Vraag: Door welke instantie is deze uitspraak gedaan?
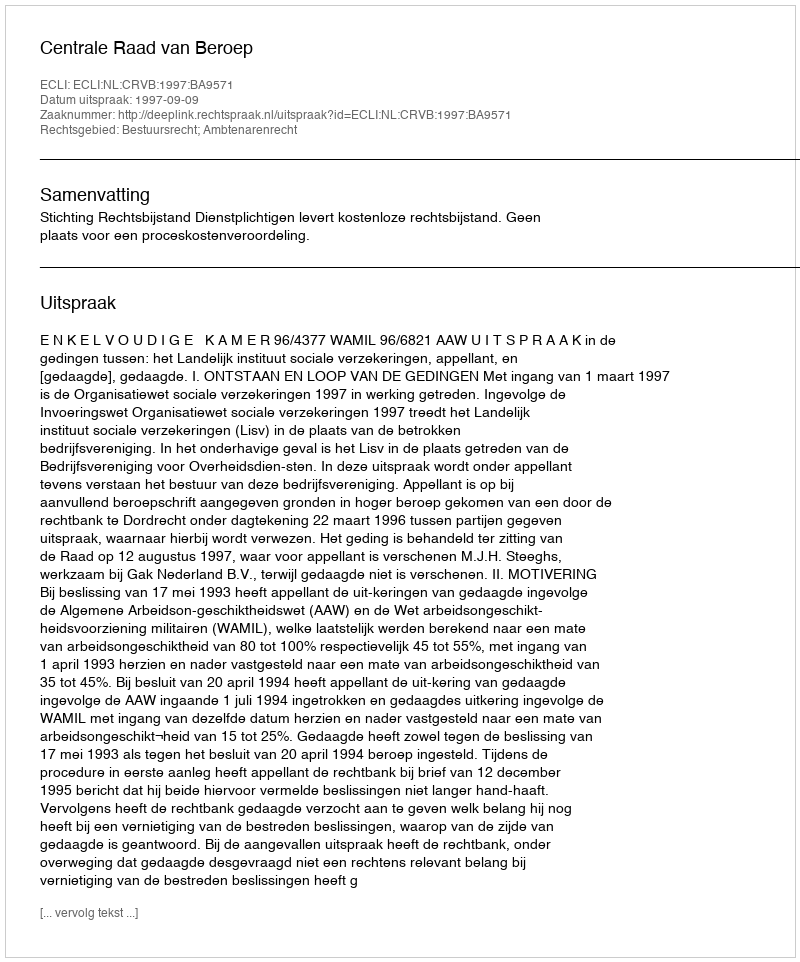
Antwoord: Centrale Raad van Beroep